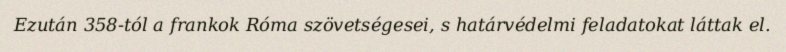
Ezután 358-tól a frankok Róma szövetségesei, s határvédelmi feladatokat láttak el.